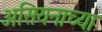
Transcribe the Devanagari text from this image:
असियनाच्या